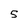
Character: 5